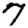
Digit: 7